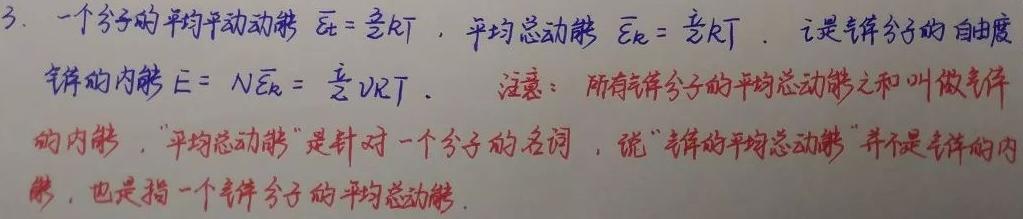
3. 一个分子的平均平动动能 $\overline{\varepsilon}_{t}=\frac{3}{2}kT$，平均总动能 $\overline{\varepsilon}_{k}=\frac{i}{2}kT$。$i$ 是气体分子的自由度。

气体的内能 $E = N\overline{\varepsilon}_{k}=\frac{i}{2}\nu RT$。注意：所有气体分子的平均总动能之和叫做气体的内能，“平均总动能”是针对一个分子的名词，说“气体的平均总动能”并不是气体的内能，也是指一个气体分子的平均总动能。